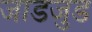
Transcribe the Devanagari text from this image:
जाडजुड